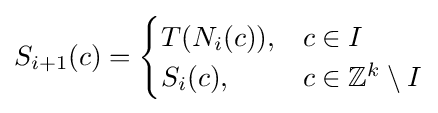
S_{i+1}(c)={\begin{cases}T(N_{i}(c)),&c\in I\\S_{i}(c),&c\in \mathbb {Z} ^{k}\setminus I\end{cases}}